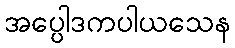
အပ္ပေါဒကပါယသေန